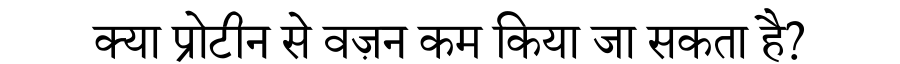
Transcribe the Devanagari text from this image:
क्या प्रोटीन से वज़न कम किया जा सकता है?